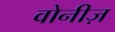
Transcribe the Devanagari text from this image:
वोनीज़